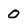
Character: 0